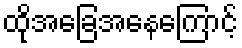
ထိုအခြေအနေကြောင့်